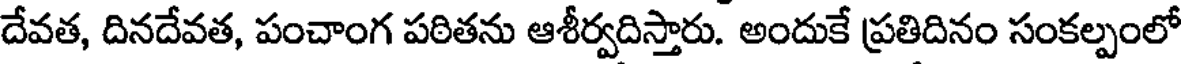
దేవత, దినదేవత, పంచాంగ పఠితను ఆశీర్వదిస్తారు. అందుకే ప్రతిదినం సంకల్పంలో